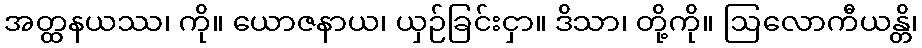
အတ္ထနယဿ၊ ကို။ ယောဇနာယ၊ ယှဉ်ခြင်းငှာ။ ဒိသာ၊ တို့ကို။ ဩလောကီယန္တိ၊